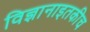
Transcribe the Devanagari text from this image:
विज्ञानाइतकीच